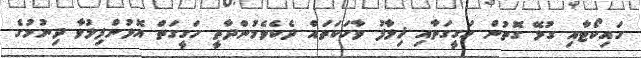
ހައިކޯޓާއި ގުޅޭ ގޮތުން ހަގީގަތާއި ޚިލާފު ވާހަކަތައް ދެކެވެމުންދާތީ ހަގީގަތް އޮޅުންފިލުވާ ދިނުމުގެ